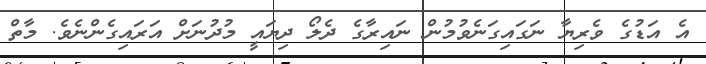
އެ އަޑުގެ ވެރިޔާ ނަގައިގަނެވުމުން ނައިރާގެ ދެލޯ ދިޔައީ މުދުނަށް އަރައިގެންނެވެ. މާތް